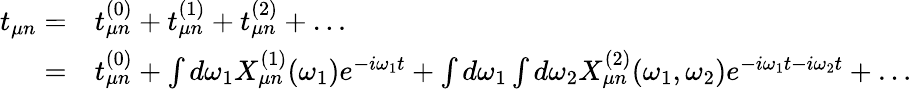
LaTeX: \begin{array}{rl}{t_{\mu n}=}&{t_{\mu n}^{(0)}+t_{\mu n}^{(1)}+t_{\mu n}^{(2)}+\dots}\\ {=}&{t_{\mu n}^{(0)}+\int d\omega_{1}X_{\mu n}^{(1)}(\omega_{1})e^{-i\omega_{1}t}+\int d\omega_{1}\int d\omega_{2}X_{\mu n}^{(2)}(\omega_{1},\omega_{2})e^{-i\omega_{1}t-i\omega_{2}t}+\dots}\end{array}